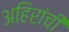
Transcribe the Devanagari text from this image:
अहिरांची